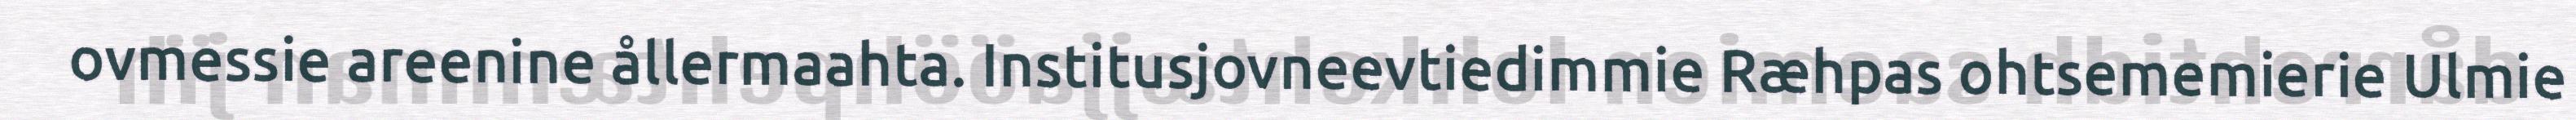
ovmessie areenine ållermaahta. Institusjovneevtiedimmie Ræhpas ohtsememierie Ulmie